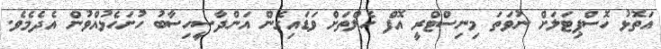
އަތޮޅު ހޮސްޕިޓަލަށް ނުވަތަ މިނިސްޓްރީ އޮފް ހެލްތަށް ވަޑައިގެން އަންދާސީހިސާބު ހުށަހެޅުއްވުން އެދެމެވެ.